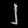
Digit: ၂